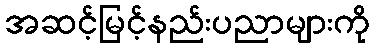
အဆင့်မြင့်နည်းပညာများကို